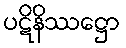
ပဋိနိဿဋ္ဌော